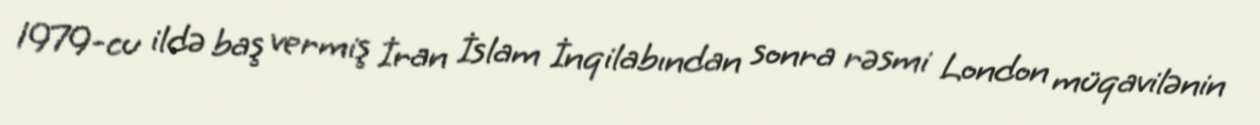
1979-cu ildə baş vermiş İran İslam İnqilabından sonra rəsmi London müqavilənin